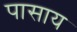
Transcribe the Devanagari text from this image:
पासाय